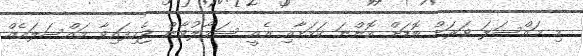
މި މައްސަލަ ވަރަށް ބޮޑަށް އޮންނަ ކަމަށާއި އެއީ ސަމާލުވާން ޖެހިފައިވާ މައްސަލައެއް